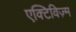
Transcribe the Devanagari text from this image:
एक्टिविज़्म